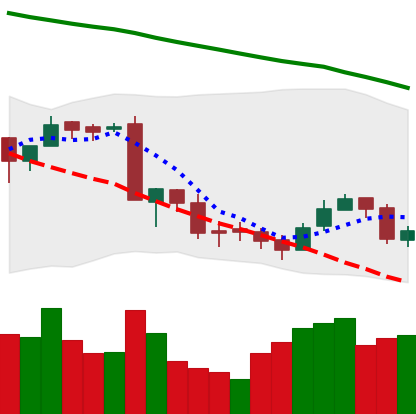
Ticker: BNB-USD
Chart end date: 2018-09-18
Forward return: 7.717%
Label: up_7plus